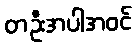
တဦးအပါအဝင်